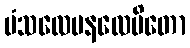
မံသလေပနလေပိတော